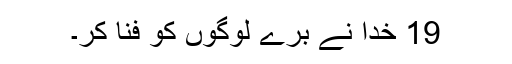
19 خدا نے بُرے لوگوں کو فنا کر۔